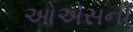
ઓએસની